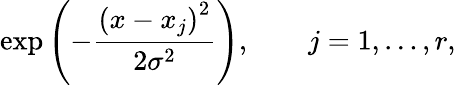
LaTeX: \exp\left(-\frac{\left(x-x_{j}\right)^{2}}{2\sigma^{2}}\right),\qquad j=1,\dots,r,